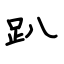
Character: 趴